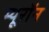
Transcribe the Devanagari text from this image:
म्यूरॉन